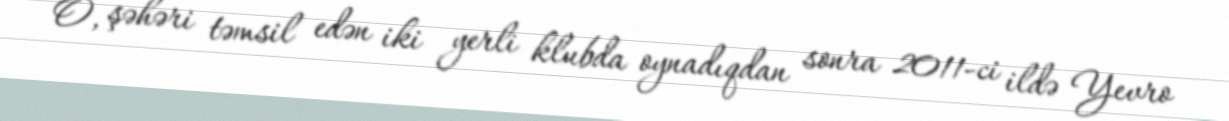
O, şəhəri təmsil edən iki yerli klubda oynadıqdan sonra 2011-ci ildə Yevro